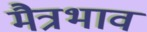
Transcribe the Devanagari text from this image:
मैत्रभाव